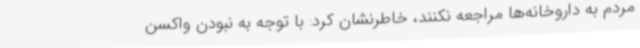
مردم به داروخانه‌ها مراجعه نکنند، خاطرنشان کرد: با توجه به نبودن واکسن